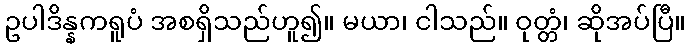
ဥပါဒိန္နကရူပံ အစရှိသည်ဟူ၍။ မယာ၊ ငါသည်။ ဝုတ္တံ၊ ဆိုအပ်ပြီ။